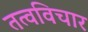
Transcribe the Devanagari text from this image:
तत्वविचार